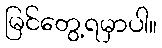
မြင်တွေ့ရမှာပါ။